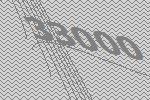
33000